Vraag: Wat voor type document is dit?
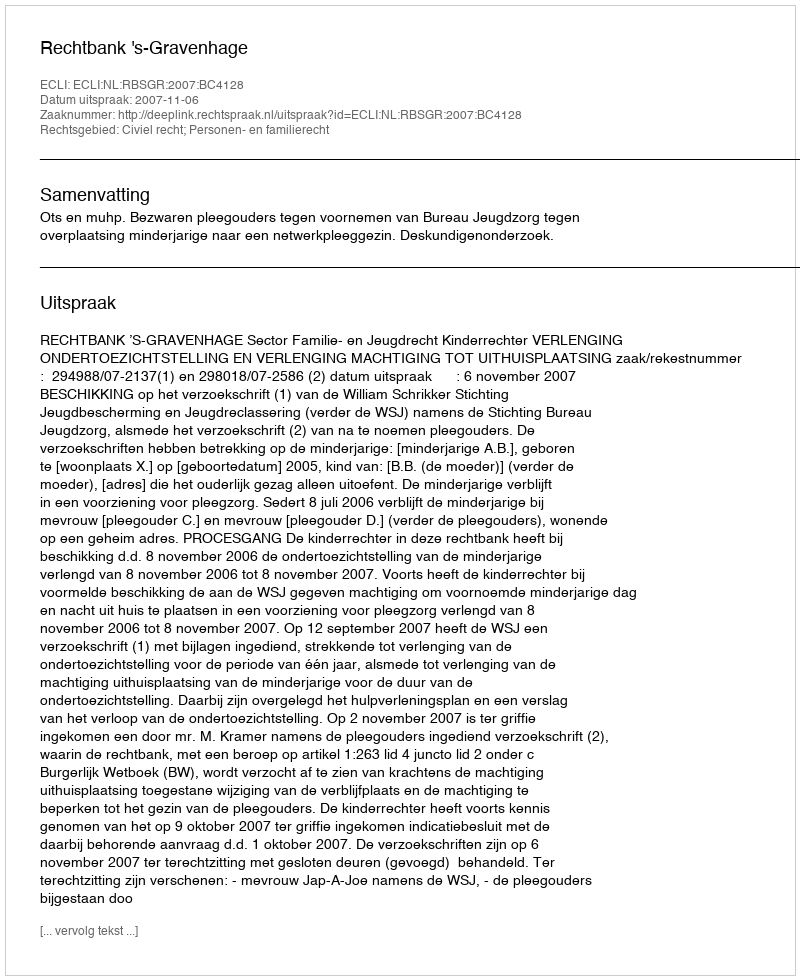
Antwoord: Uitspraak